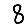
Digit: 8